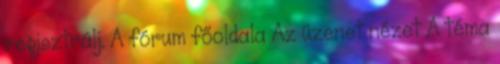
regisztrálj. A fórum főoldala Az üzenet nézet A téma